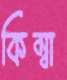
কিম্বা